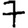
Digit: 7